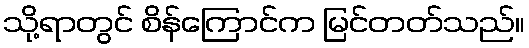
သို့ရာတွင် စိန်ကြောင်က မြင်တတ်သည်။